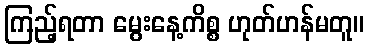
ကြည့်ရတာ မွေးနေ့ကိစ္စ ဟုတ်ဟန်မတူ။